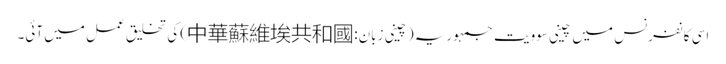
اسی کانفرنس میں چینی سوویت جمہوریہ (چینی زبان:中華蘇維埃共和國) کی تخلیق عمل میں آئی۔